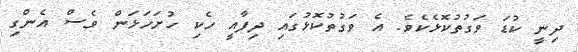
ދިނީ ކުޑަ ވަގުތުކޮޅެކެވެ. އެ ވަގުތުކޮޅުގައި ދިފާއީ ހެކި ހުށަހަޅަން ވެސް އެންގި